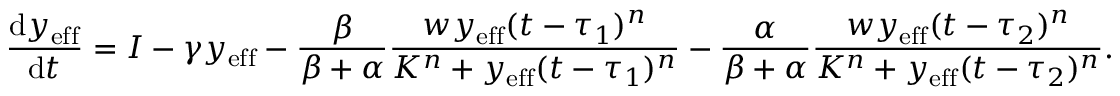
\frac { \mathrm { d } y _ { \mathrm { { e f f } } } } { \mathrm { d } t } = I - \gamma y _ { \mathrm { e f f } } - \frac { \beta } { \beta + \alpha } \frac { w y _ { \mathrm { { e f f } } } ( t - \tau _ { 1 } ) ^ { n } } { K ^ { n } + y _ { \mathrm { e f f } } ( t - \tau _ { 1 } ) ^ { n } } - \frac { \alpha } { \beta + \alpha } \frac { w y _ { \mathrm { { e f f } } } ( t - \tau _ { 2 } ) ^ { n } } { K ^ { n } + y _ { \mathrm { e f f } } ( t - \tau _ { 2 } ) ^ { n } } .